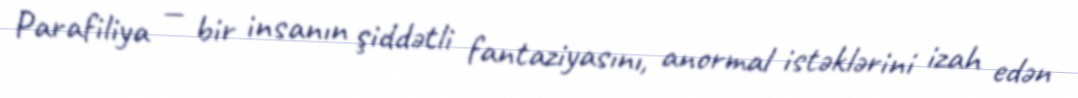
Parafiliya — bir insanın şiddətli fantaziyasını, anormal istəklərini izah edən